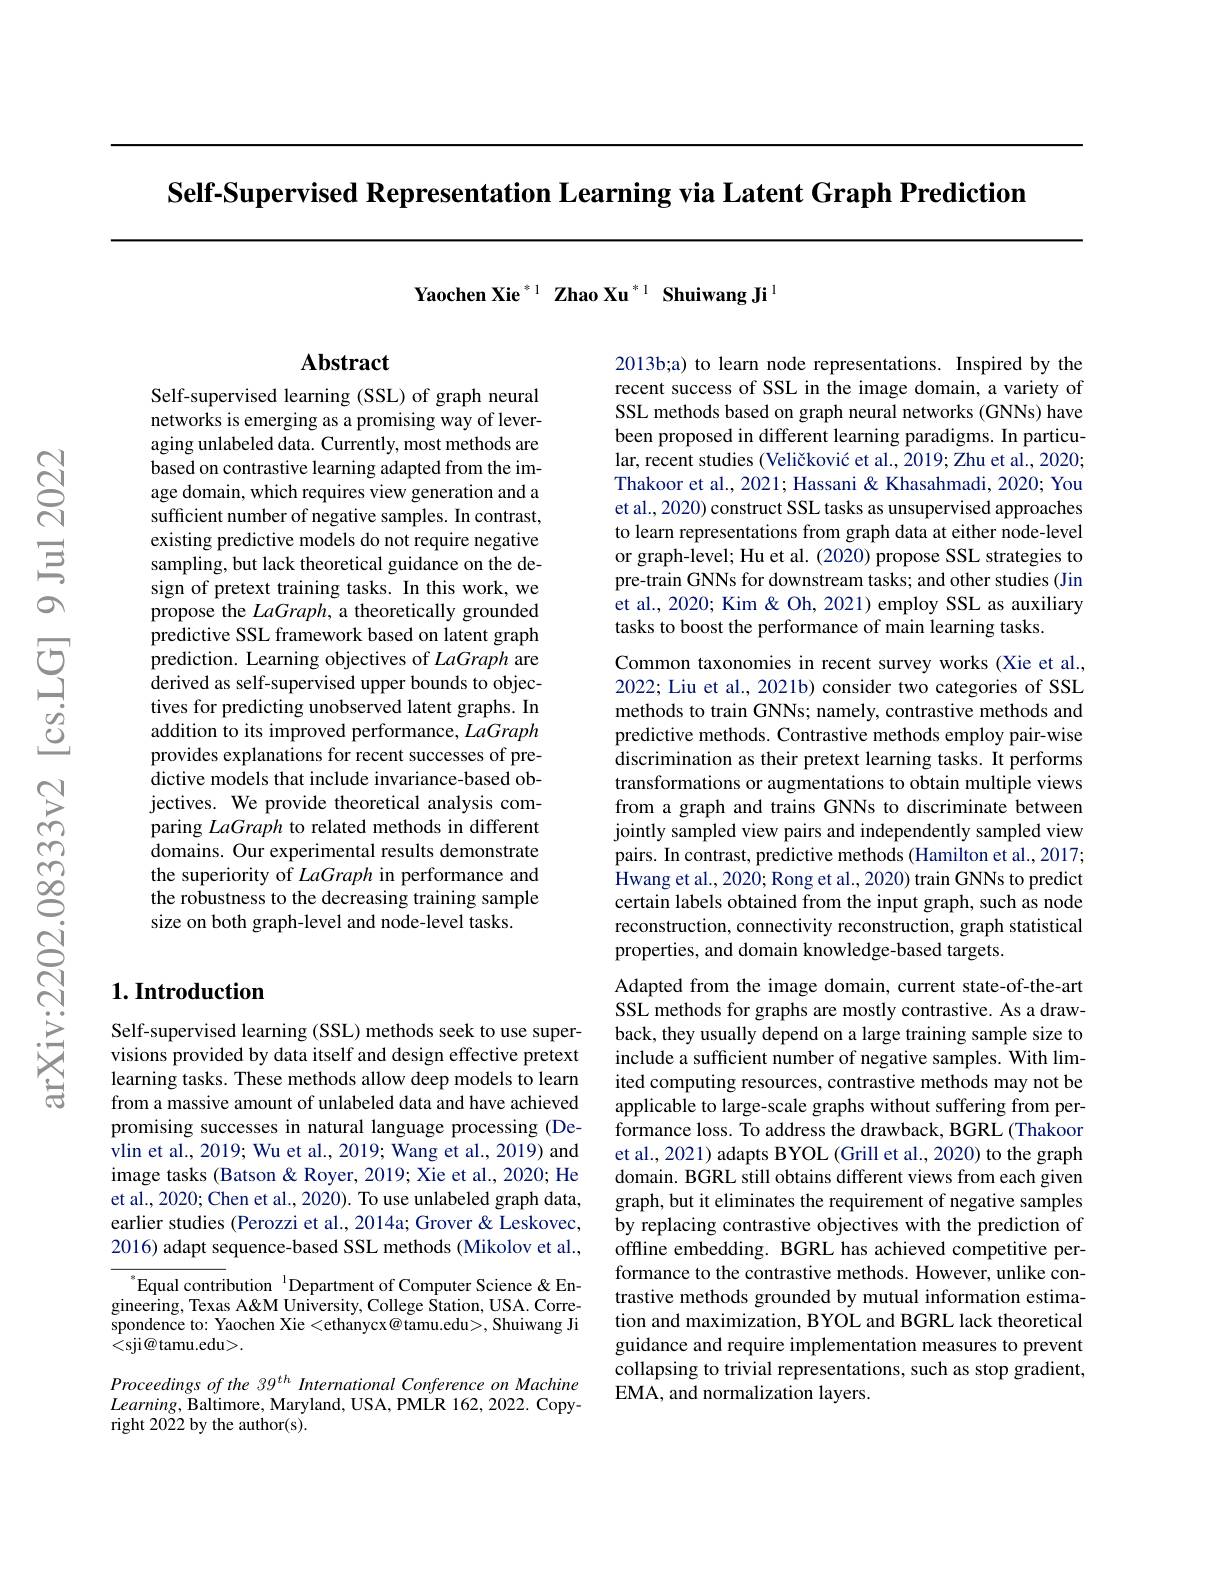
Self-Supervised Representation Learning via Latent Graph Prediction

Yaochen Xie$^{*1}\textbf{Zhao Xu}^{*1}\textbf{Shuiwang Ji}^{1}$

## $\mathbf{Abstract}$

Self-supervised learning (SSL) of graph neural networks is emerging as a promising way of leveraging unlabeled data. Currently, most methods are based on contrastive learning adapted from the image domain, which requires view generation and a sufficient number of negative samples. In contrast, existing predictive models do not require negative sampling, but lack theoretical guidance on the design of pretext training tasks. In this work, we propose the LaGraph, a theoretically grounded predictive SSL framework based on latent graph prediction. Learning objectives of LaGraph are derived as self-supervised upper bounds to objectives for predicting unobserved latent graphs. In addition to its improved performance, LaGraph provides explanations for recent successes of predictive models that include invariance-based objectives. We provide theoretical analysis comparing LaGraph to related methods in different domains. Our experimental results demonstrate the superiority of LaGraph in performance and the robustness to the decreasing training sample size on both graph-level and node-level tasks.

## $1. \textbf{Introduction}$

Self-supervised learning (SSL) methods seek to use supervisions provided by data itself and design effective pretext learning tasks. These methods allow deep models to learn from a massive amount of unlabeled data and have achieved promising successes in natural language processing (Devlin et al., 2019; Wu et al., 2019; Wang et al., 2019) and image tasks (Batson & Royer, 2019; Xie et al., 2020; He et al., 2020; Chen et al., 2020). To use unlabeled graph data, earlier studies (Perozzi et al., 2014a; Grover & Leskovec, 2016) adapt sequence-based SSL methods (Mikolov et al.,

$^{\mathrm{s}}$Equal contribution$^\mathrm{~l}$Department of Computer Science&Engineering, Texas A&M University, College Station, USA. Correspondence to: Yaochen Xie <ethanycx@tamu.edu>, Shuiwang Ji <sji@tamu.edu>.

Proceedings of the 39$^{th}$ International Conference on Machine $Learning$,Baltimore, Maryland, USA, PMLR 162, 2022. Copyright 2022 by the author(s).

2013b;a) to learn node representations. Inspired by the recent success of SSL in the image domain, a variety of SSL methods based on graph neural networks (GNNs) have been proposed in different learning paradigms. In particular, recent studies (Veličković et al., 2019; Zhu et al., 2020; Thakoor et al., 2021; Hassani & Khasahmadi, 2020; You et al., 2020) construct SSL tasks as unsupervised approaches to learn representations from graph data at either node-level or graph-level; Hu et al. (2020) propose SSL strategies to pre-train GNNs for downstream tasks; and other studies (Jin et al., 2020; Kim & Oh, 2021) employ SSL as auxiliary tasks to boost the performance of main learning tasks.
Common taxonomies in recent survey works (Xie et al.,

2022; Liu et al., 2021b) consider two categories of SSL methods to train GNNs; namely, contrastive methods and predictive methods. Contrastive methods employ pair-wise discrimination as their pretext learning tasks. It performs transformations or augmentations to obtain multiple views from a graph and trains GNNs to discriminate between jointly sampled view pairs and independently sampled view pairs. In contrast, predictive methods (Hamilton et al., 2017; Hwang et al., 2020; Rong et al., 2020) train GNNs to predict certain labels obtained from the input graph, such as node reconstruction, connectivity reconstruction, graph statistical properties, and domain knowledge-based targets.
Adapted from the image domain, current state-of-the-art SSL methods for graphs are mostly contrastive. As a drawback, they usually depend on a large training sample size to include a sufficient number of negative samples. With limited computing resources, contrastive methods may not be applicable to large-scale graphs without suffering from performance loss. To address the drawback, BGRL (Thakoor et al., 2021) adapts BYOL (Grill et al., 2020) to the graph domain. BGRL still obtains different views from each given graph, but it eliminates the requirement of negative samples by replacing contrastive objectives with the prediction of offline embedding. BGRL has achieved competitive performance to the contrastive methods. However, unlike contrastive methods grounded by mutual information estimation and maximization, BYOL and BGRL lack theoretical guidance and require implementation measures to prevent collapsing to trivial representations, such as stop gradient, EMA, and normalization layers.